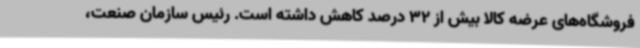
فروشگاه‌های عرضه کالا بیش از 32 درصد کاهش داشته است. رئیس سازمان صنعت،